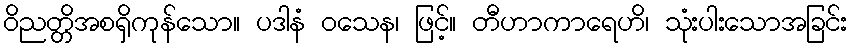
ဝိညတ္တိအစရှိကုန်သော။ ပဒါနံ ဝသေန၊ ဖြင့်။ တီဟာကာရေဟိ၊ သုံးပါးသောအခြင်း